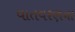
વાતવરણના